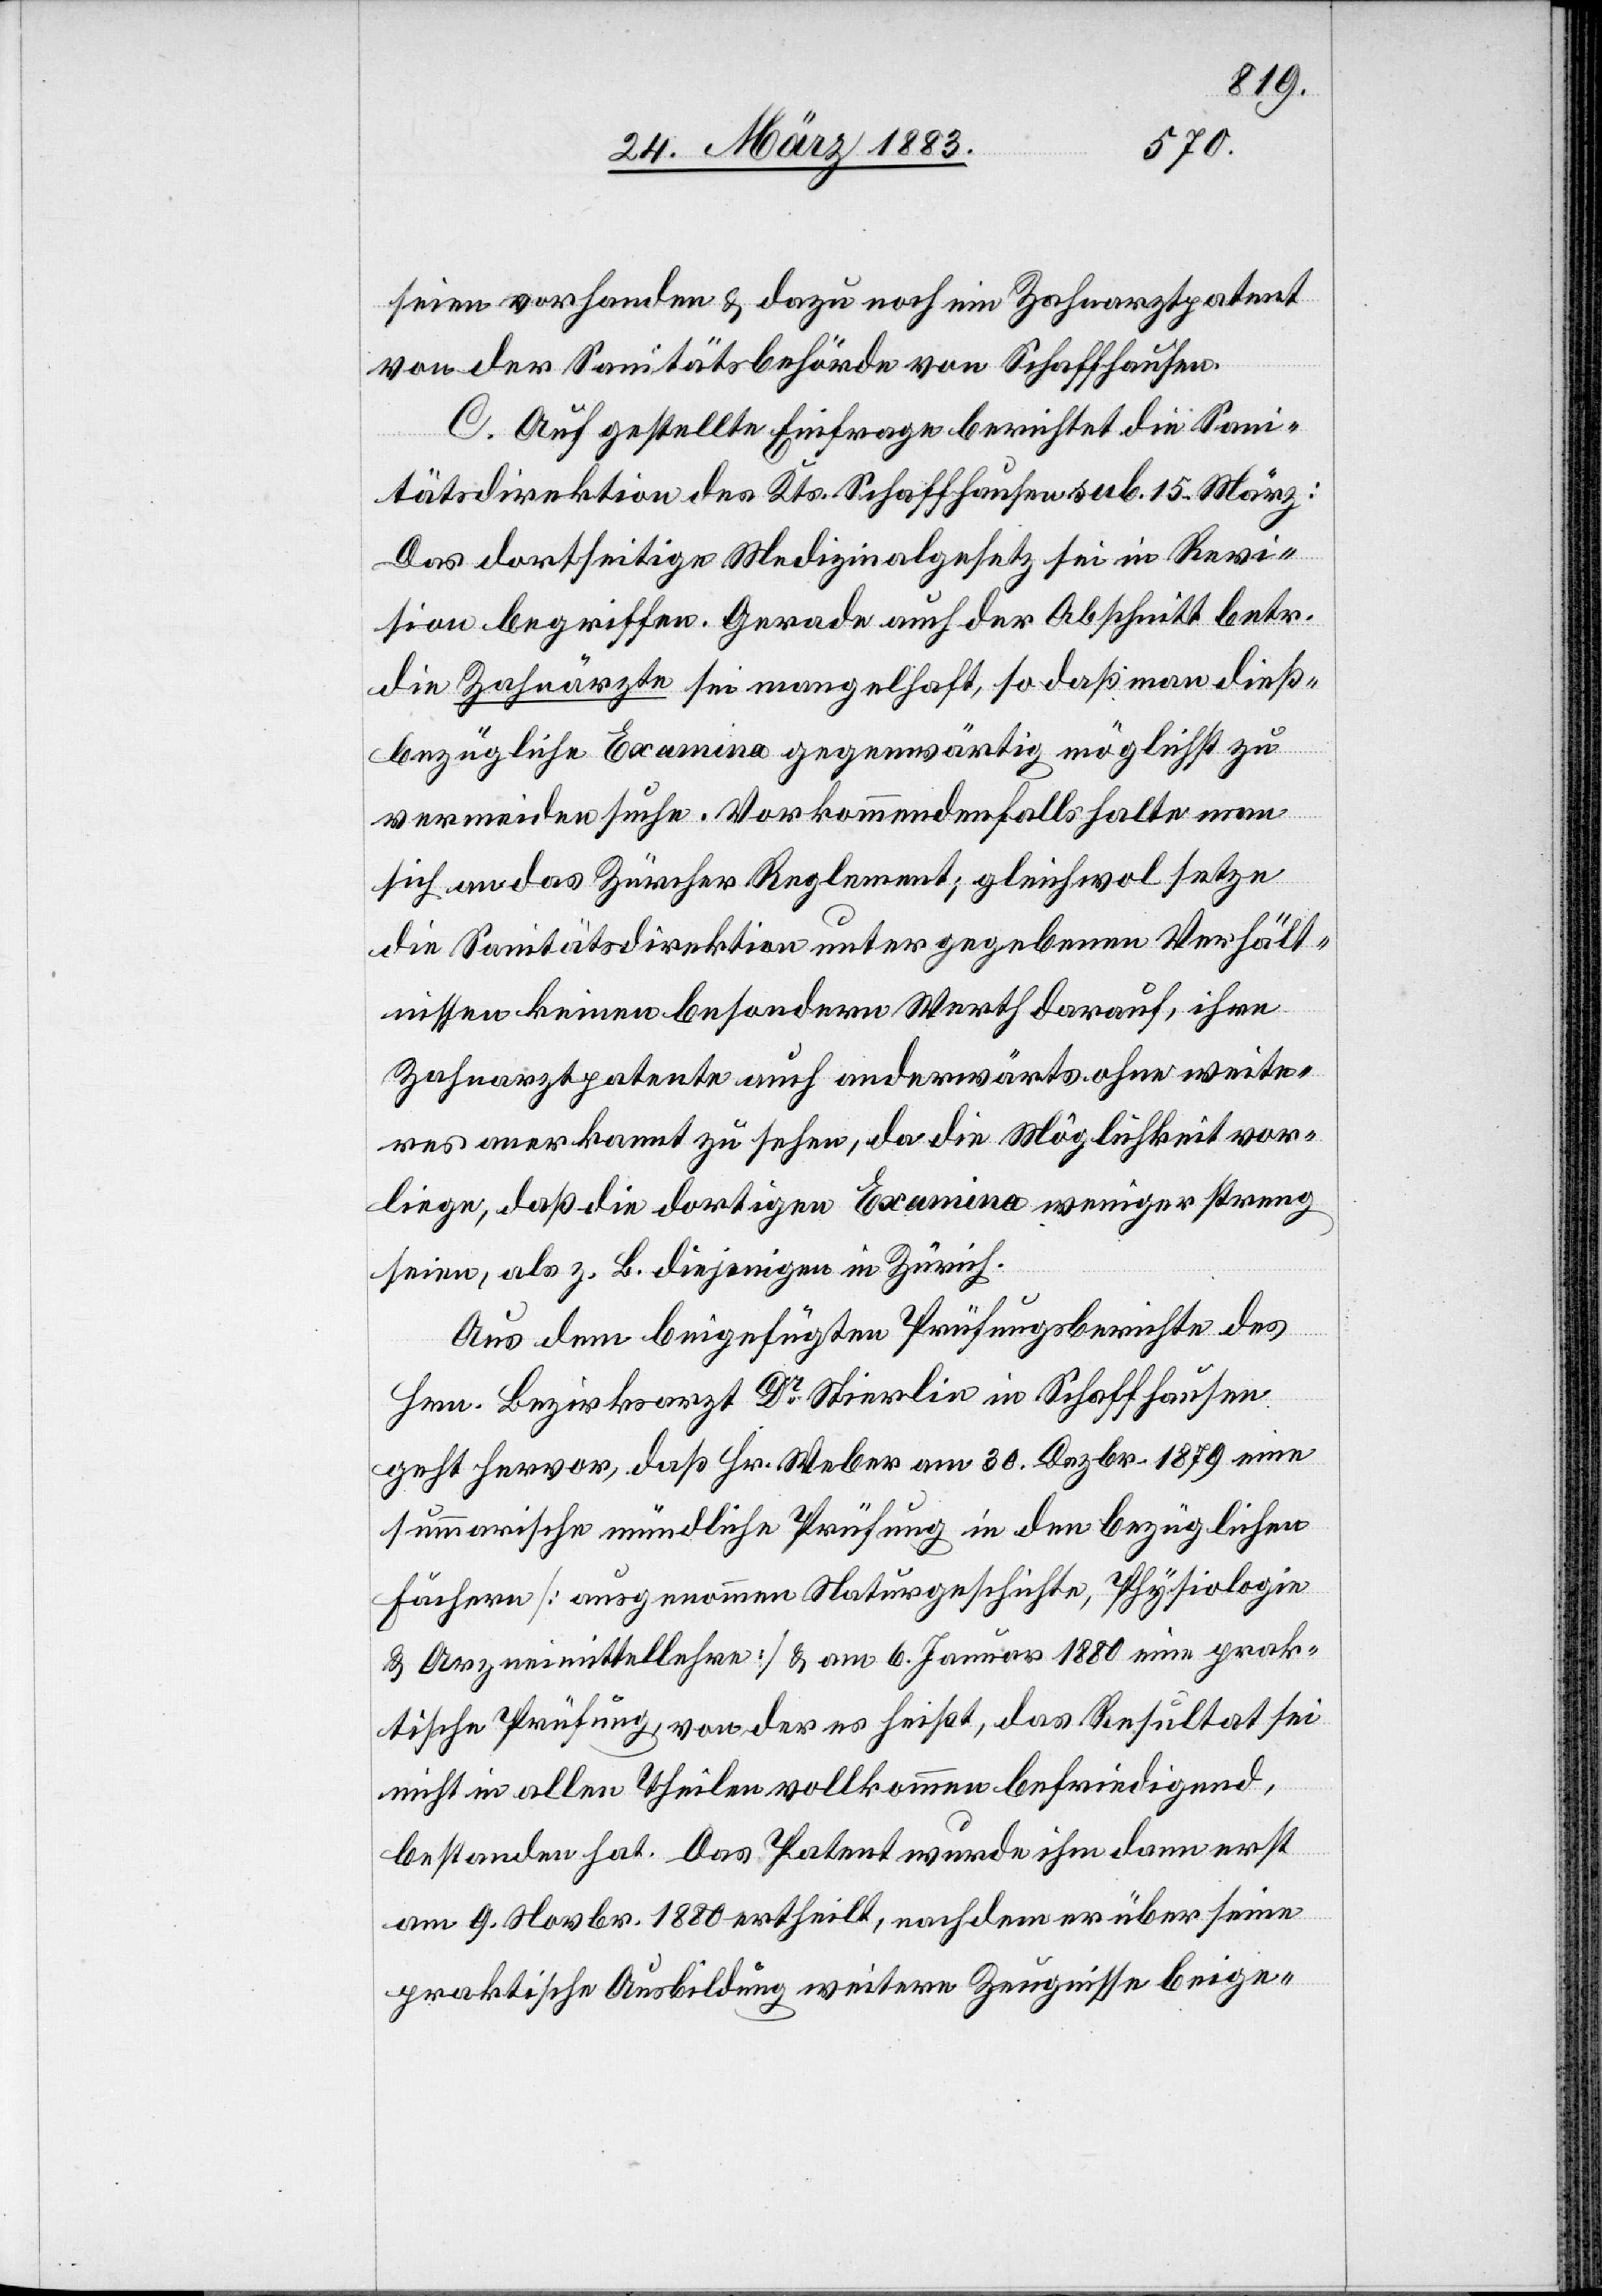
seien vorhanden & dazu noch ein Zahnarztpatent
von der Sanitätsbehörde von Schaffhausen.
C. Auf gestellte Einfrage berichtet die San¬
itätsdirektion des Kts. Schaffhausen sub 15. März:
Das dortseitige Medizinalgesetz sei in Revi¬
sion begriffen. Gerade der Abschnitt betr.
die Zahnärzte sei mangelhaft, so daß man dieß¬
bezügliche Examina gegenwärtig möglichst zu
vermeiden suche. Vorkommendenfalls halte man
sich an das Zürcher Reglement; gleichwol setze
die Sanitätsdirektion unter gegebenen Verhält¬
nissen keinen besondern Werth darauf, ihre
Zahnarztpatente auch anderwärts ohne weite¬
res anerkannt zu sehen, da die Möglichkeit vor¬
liege, daß die dortigen Examina weniger streng
seien, als z. B. diejenigen in Zürich.
Aus dem beigefügten Prüfungsberichte des
Hrn. Bezirksarzt Dr Stierlin in Schaffhausen
geht hervor, daß Hr. Weber am 30. Dezbr. 1879 eine
summarische mündliche Prüfung in den bezüglichen
Fächern [ausgenommen Naturgeschichte, Physiologie
& Arzneimittellehre] & am 6. Januar 1880 eine prak¬
tische Prüfung, von der es heißt, das Resultat sei
nicht in allen Theilen vollkommen befriedigend,
bestanden hat. Das Patent wurde ihm dann erst
am 9. Novbr. 1880 ertheilt, nachdem er über seine
praktische Ausbildung weitere Zeugnisse beige-